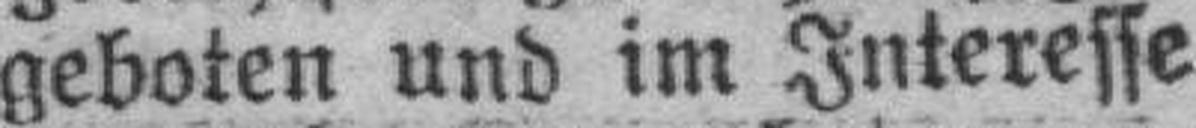
geboten und im Interesse